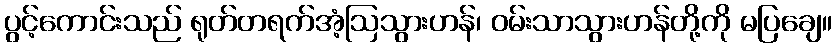
ပွင့်ကောင်းသည် ရုတ်တရက်အံ့ဩသွားဟန်၊ ဝမ်းသာသွားဟန်တို့ကို မပြချေ။